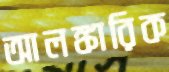
আলঙ্কারিক